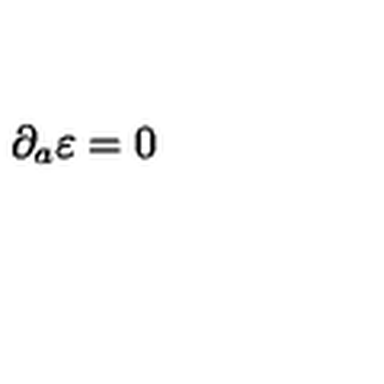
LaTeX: \partial _ { a } \varepsilon = 0